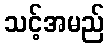
သင့်အမည်